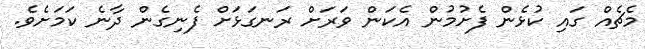
މެޗެއް ގައި ކުޅެން ފެށުމުން އެކަން ވަރަށް ރަނގަޅަށް ފެނިގެން ދާނެ ކަމަށެވެ.